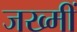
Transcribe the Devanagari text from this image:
जख्मीं